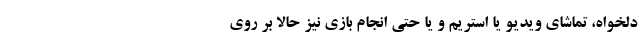
دلخواه، تماشای ویدیو یا استریم و یا حتی انجام بازی نیز حالا بر روی